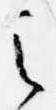
之